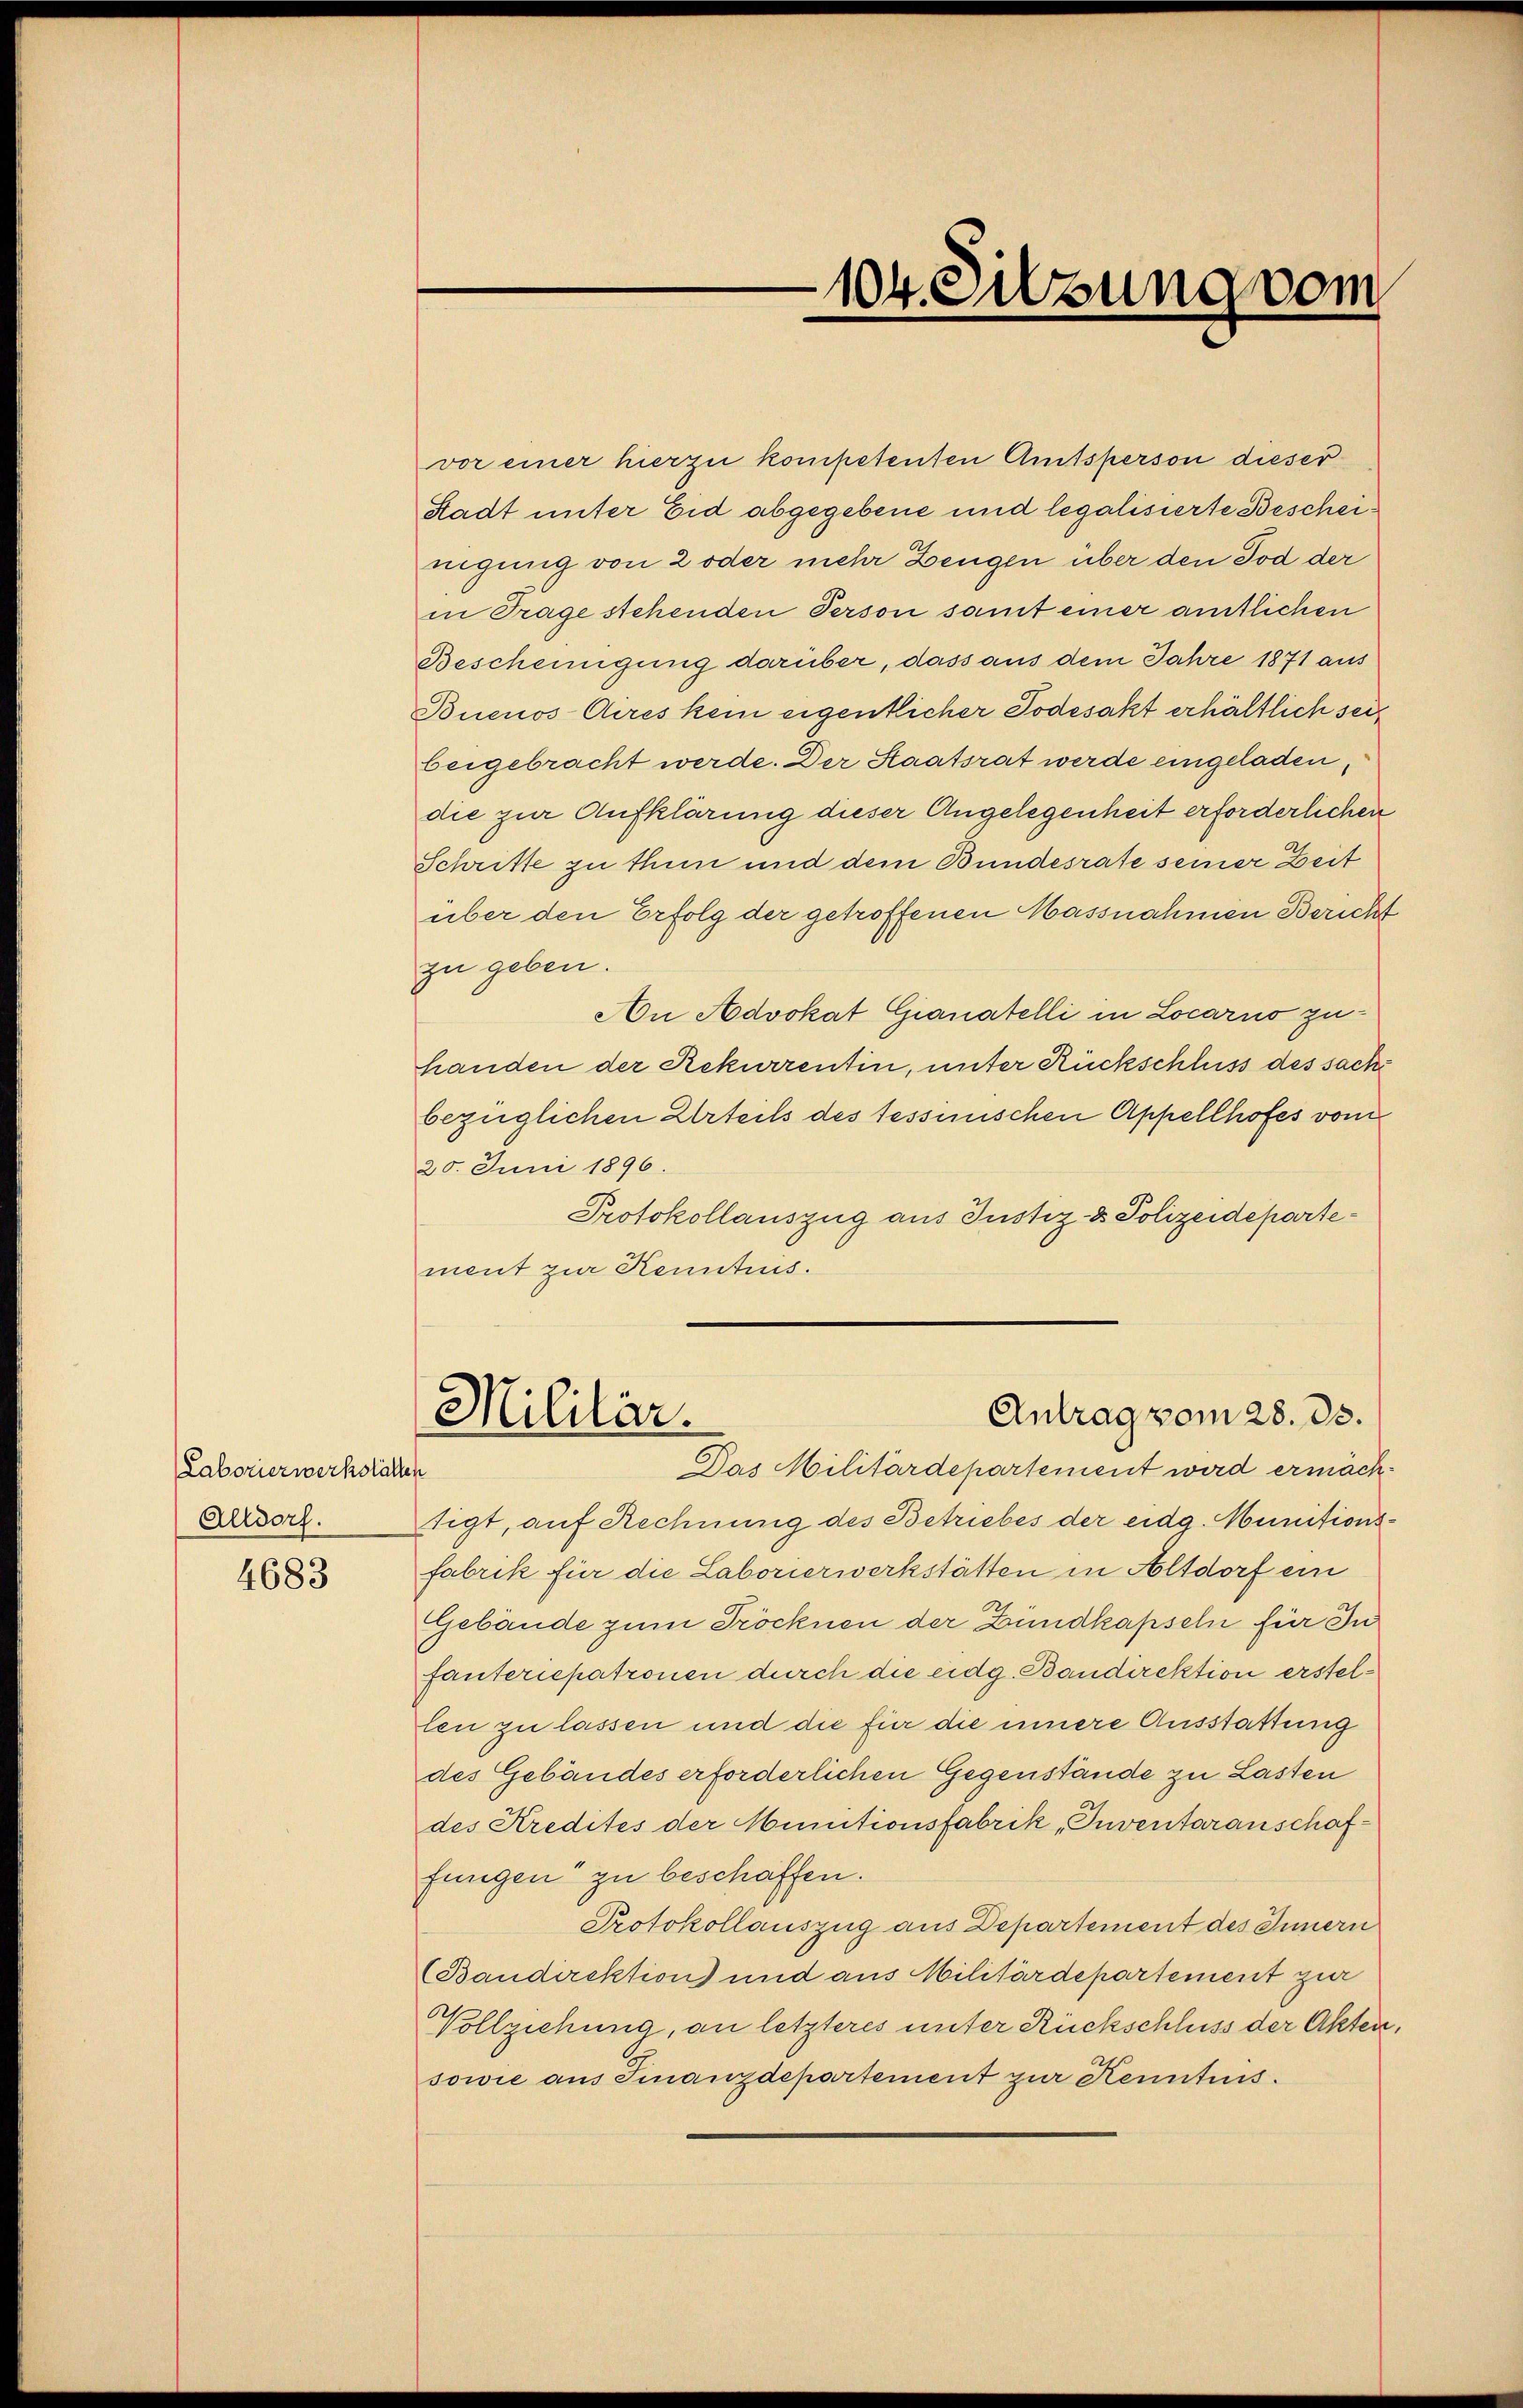
Laborierwerkstätten
Alldorf.

4683

104. Silzung vom

vor einer hierzu kompetenten Amtsperson dieser
Stadt unter Eid abgegebene und legalisierte Bescheinigung von 2 oder mehr Zeugen über den Tod der
in Trage stehenden Person samt einer amtlichen
Bescheinigung darüber, dass aus dem Jahre 1871 aus
Buenos Aires kein eigentlicher Todesakt erhältlich seit
beigebracht werde. Der Staatsrat werde eingeladen,
die zur Aufklärung dieser Angelegenheit erforderlichen
Schritte zu thun und dem Bundesrate seiner Zeit
über den Erfolg der getroffenen Massnahmen Bericht
zu geben.
An Advokat Gianatelli in Locarno zuhanden der Rekurrentin, unter Rückschluss des sache
bezüglichen Urteils des tessinischen Appellhofes vom
20. Juni 1896.
Protokollauszug aus Justiz- & Polizeidepartement zur Kenntnis.

Antrag vom 28. ds.
Militär.
Das Militärdepartement wird ermäch¬

sigt, auf Rechnung des Betriebes der eidg. Munitionsfabrik für die Laborierwerkstätten in Altdorf ein
Gebäude zum Tröcknen der Bundkapseln für In
fanteriepatronen durch die eidg. Bandirektion erstellen zu lassen und die für die innere Ausstattung
des Gebäudes erforderlichen Gegenstände zu Lasten
des Kredites der Munitionsfabrik, Inventarauschaffungen“ zu beschaffen.
Protokollauszug aus Departement des Innern
(Bandirektion und aus Militärdepartement zur
Vollziehung, an letzteres unter Rückschluss der Akten,
sowie aus Finanzdepartement zur Kenntnis.